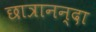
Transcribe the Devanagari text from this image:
छात्रानन्दा